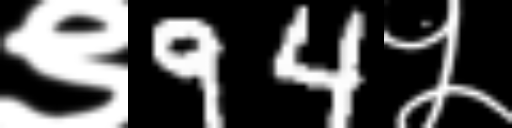
Text: ९94५